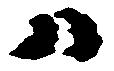
ハ